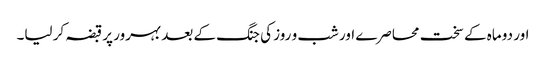
اور دو ماہ کے سخت محاصرے اور شب و روز کی جنگ کے بعد بہرور پر قبضہ کر لیا۔